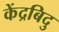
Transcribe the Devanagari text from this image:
केंद्रबिदु